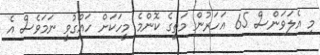
މި އެލަވަންސް 65 އަހަރުން މަތީގެ ކޮންމެ މީހަކަށް ހައްގުވީ ނަމަވެސް އެ